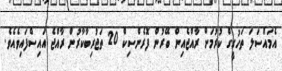
އެމައްސަލަ ތަހުގީގް ކުރުމަށް ރާއްޖެއިން ބޭރުން ފޮރެންސިކް 20 ތަޖުރިބާކާރުން ރާއްޖެ އައިސްފައިވެއެވެ.